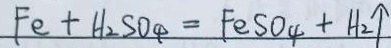
F e + H _ { 2 } S O _ { 4 } = F e S O _ { 4 } + H _ { 2 } \uparrow